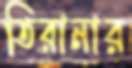
তিরানার